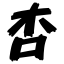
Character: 杏